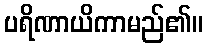
ပရိဏာယိကာမည်၏။